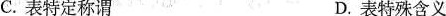
C.表特定称谓 D.表特殊含义